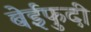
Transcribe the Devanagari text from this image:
बेईफुदी